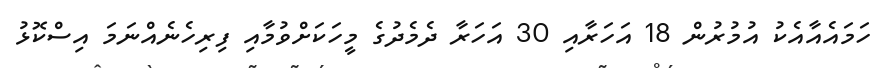
ހަމައެއާއެކު އުމުރުން 18 އަހަރާއި 30 އަހަރާ ދެމެދުގެ މީހަކަށްވުމާއި ފިރިހެނެއްނަމަ އިސްކޮޅު